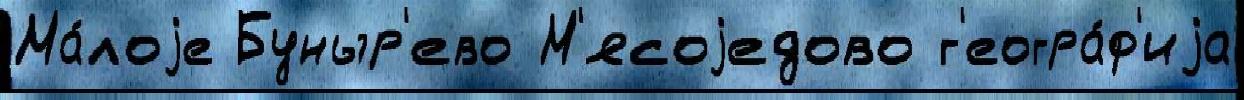
Ма́лоjе Буныр'ево М'ясоjедово г'еогра́ф'иjа